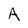
Character: A